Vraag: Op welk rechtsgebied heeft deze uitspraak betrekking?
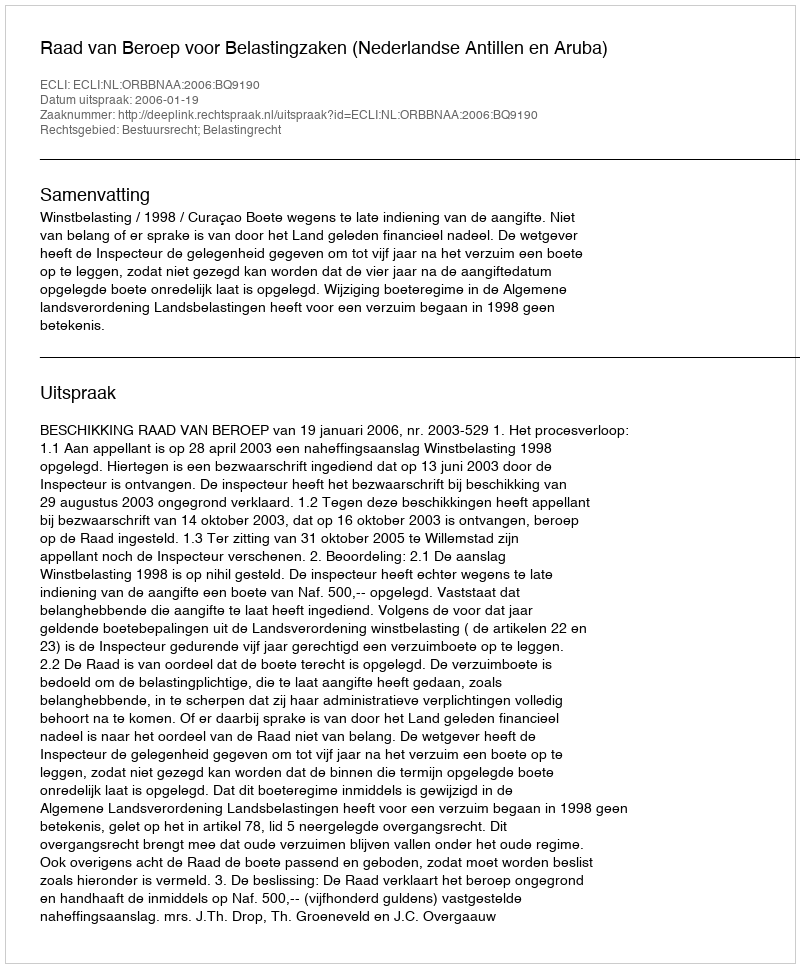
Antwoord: Bestuursrecht; Belastingrecht